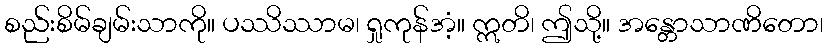
စည်းစိမ်ချမ်းသာကို။ ပဿိဿာမ၊ ရှုကုန်အံ့။ ဣတိ၊ ဤသို့။ အန္တောသာဏိတော၊